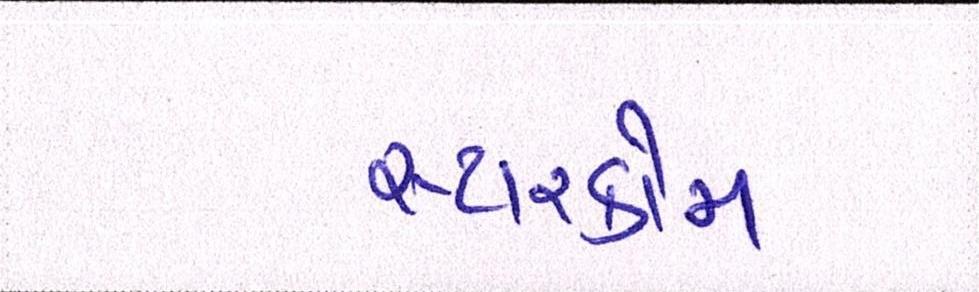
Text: સ્ટારકોમ